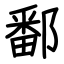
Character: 鄱